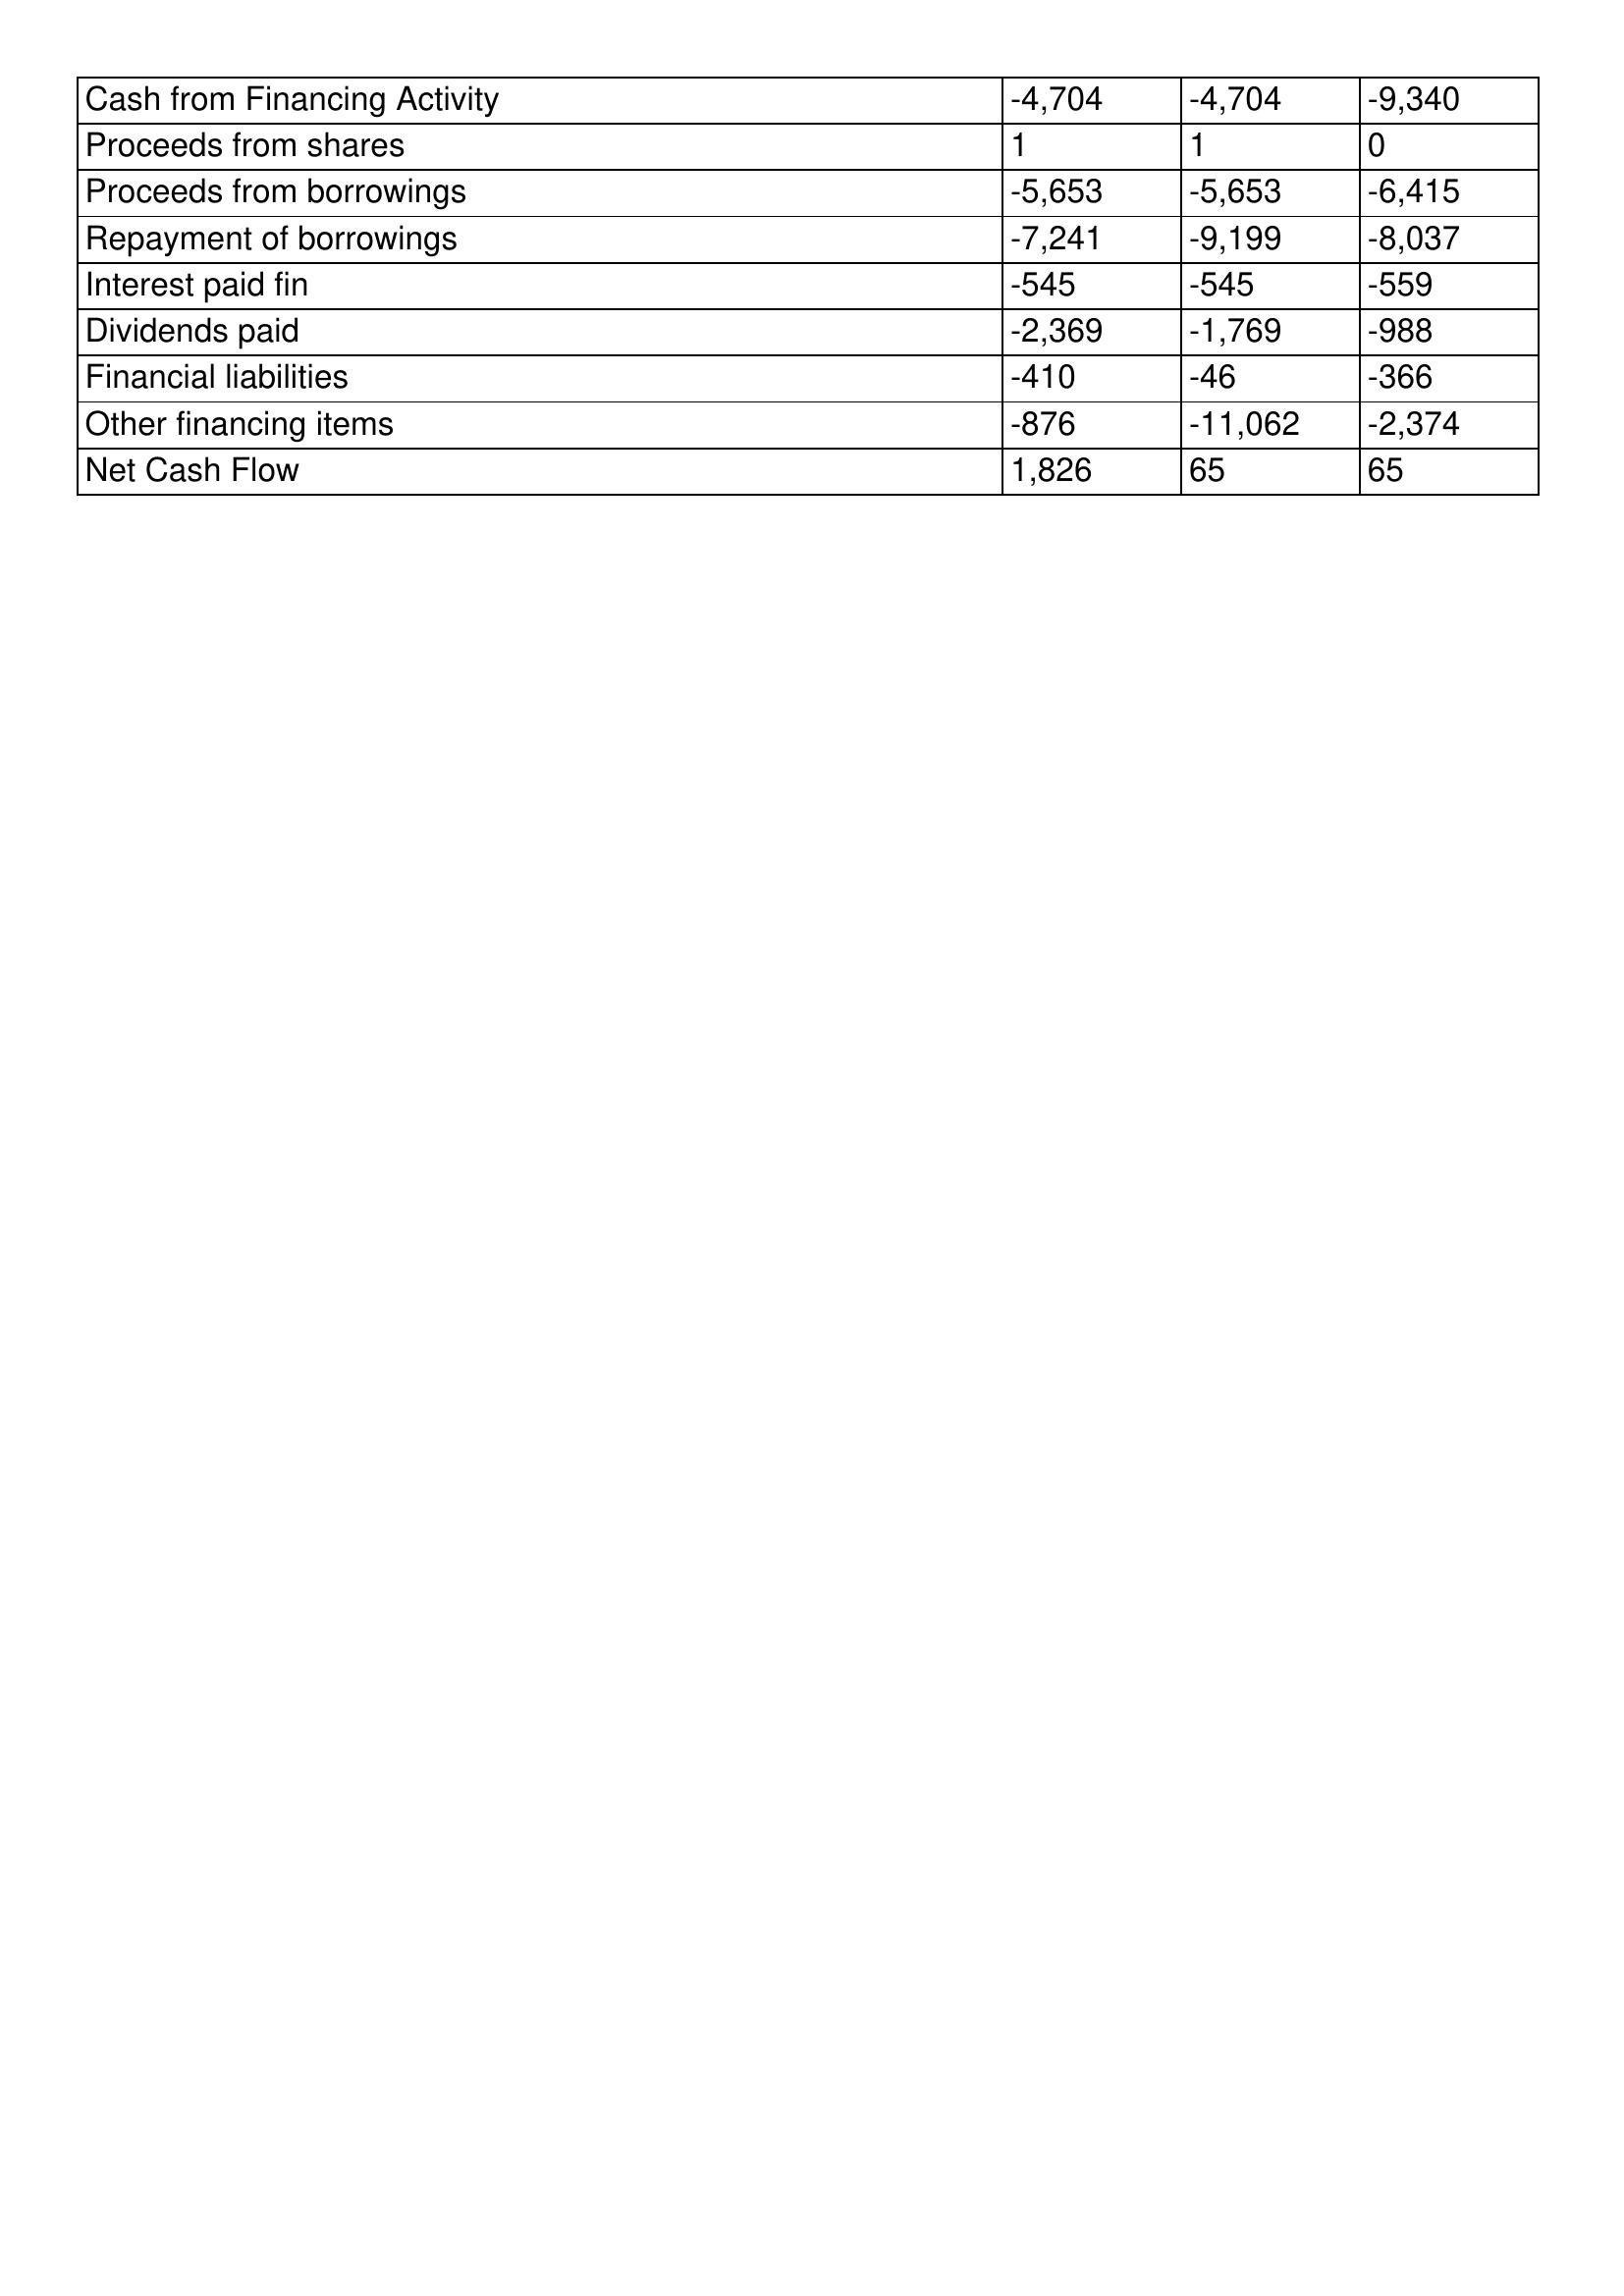
gt_parse: 1994: Cash Flows: Cash from Financing Activity: -4,704
Proceeds from shares: 1
Proceeds from borrowings: -5,653
Repayment of borrowings: -7,241
Interest paid fin: -545
Dividends paid: -2,369
Financial liabilities: -410
Other financing items: -876
Net Cash Flow: 1,826
1993: Cash Flows: Cash from Financing Activity: -4,704
Proceeds from shares: 1
Proceeds from borrowings: -5,653
Repayment of borrowings: -9,199
Interest paid fin: -545
Dividends paid: -1,769
Financial liabilities: -46
Other financing items: -11,062
Net Cash Flow: 65
1992: Cash Flows: Cash from Financing Activity: -9,340
Proceeds from shares: 0
Proceeds from borrowings: -6,415
Repayment of borrowings: -8,037
Interest paid fin: -559
Dividends paid: -988
Financial liabilities: -366
Other financing items: -2,374
Net Cash Flow: 65